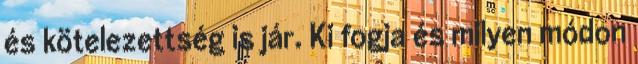
és kötelezettség is jár. Ki fogja és milyen módon